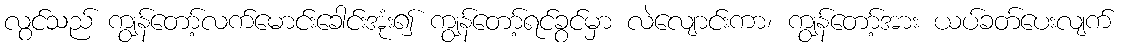
လွင်သည် ကျွန်တော့်လက်မောင်းခေါင်းအုံး၍ ကျွန်တော့်ရင်ခွင်မှာ လဲလျောင်းကာ၊ ကျွန်တော့်အား ယပ်ခတ်ပေးလျက်